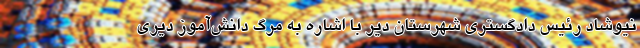
نیوشاد رئیس دادگستری شهرستان دَیّر با اشاره به مرگ دانش‌آموز دَیّری